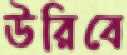
উরিবে